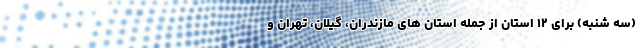
(سه شنبه) برای ۱۲ استان از جمله استان های مازندران، گیلان، تهران و